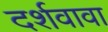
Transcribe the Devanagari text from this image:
दर्शवावा